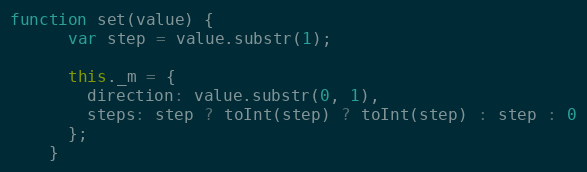
Language: JavaScript
function set(value) {
      var step = value.substr(1);

      this._m = {
        direction: value.substr(0, 1),
        steps: step ? toInt(step) ? toInt(step) : step : 0
      };
    }